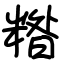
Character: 糌